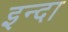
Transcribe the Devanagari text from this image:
इन्दा